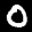
Label: 0